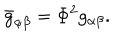
\bar { g } _ { \alpha \beta } = \Phi ^ { 2 } g _ { \alpha \beta } .